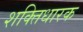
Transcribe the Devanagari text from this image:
शक्तिधारक